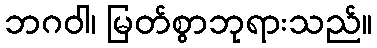
ဘဂဝါ၊ မြတ်စွာဘုရားသည်။